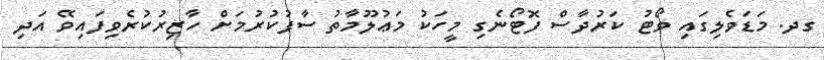
ގދ. މަޑަވެލިގައި ވޯޓު ކަރުދާސް ފޮޓޯނެގި މީހަކު މަޢުލޫމާތު ސާފުކުރުމަށް ހާޒިރުކުރެވިފައިވޭ އަދި